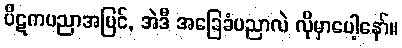
ပိဋကပညာအပြင်, အဲဒီ အခြေခံပညာလဲ လိုမှာပေါ့နော်။